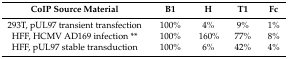
| CoIP Source Material | B1 | H | T1 | Fc |
 | --- | --- | --- | --- | --- |
 | 293T, pUL97 transient transfection | 100% | 4% | 9% | 1% |
 | HFF, HCMV AD169 infection ** | 100% | 160% | 77% | 8% |
 | HFF, pUL97 stable transduction | 100% | 6% | 42% | 4% |